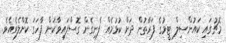
މެޗުގައި ކައުންސިލް ޓީމުގެ ފަރާތުން ދަށް ކުޅުމެއް ފެނިގެން ގޮސްފައިވާކަން ފާހަގަ ކޮށްލެވެއެވެ.